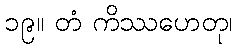
၁၉။ တံ ကိဿဟေတု၊